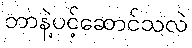
ဘာနဲ့ပင့်ဆောင်သလဲ